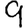
Digit: 9